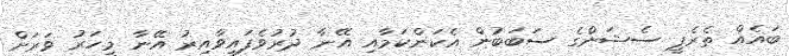
ބައެއް ތެރެޕީ ސެޝަންގެ ސަބަބުން އެކަންކަމާއި އޭނާ ދުރުވެފައިވާއިރު އޭނާ މީހަރު ވަރަށް